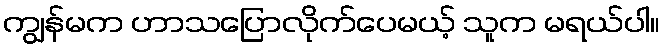
ကျွန်မက ဟာသပြောလိုက်ပေမယ့် သူက မရယ်ပါ။